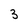
Character: 3